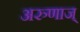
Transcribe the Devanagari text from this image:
अरुणाज्